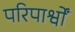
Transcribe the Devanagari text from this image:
परिपार्श्वों